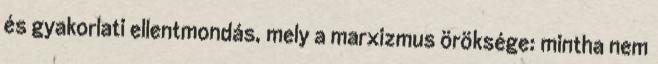
és gyakorlati ellentmondás, mely a marxizmus öröksége: mintha nem